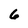
Character: 6